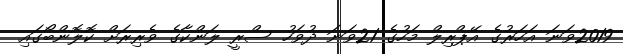
2019ވަނަ އަހަރުގެ އޭޕްރިލް މަހުގެ 21ވަނަ ދުވަހު ސްރީ ލަންކާގެ ވެރިރަށް ކޮލޮންބޯގައި